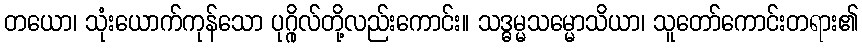
တယော၊ သုံးယောက်ကုန်သော ပုဂ္ဂိုလ်တို့လည်းကောင်း။ သဒ္ဓမ္မသမ္မောသိယာ၊ သူတော်ကောင်းတရား၏